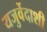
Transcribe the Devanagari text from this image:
यजुर्वेदाशी